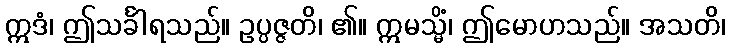
ဣဒံ၊ ဤသင်္ခါရသည်။ ဥပ္ပဇ္ဇတိ၊ ၏။ ဣမသ္မိံ၊ ဤမောဟသည်။ အသတိ၊